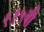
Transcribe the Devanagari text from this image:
११५वी